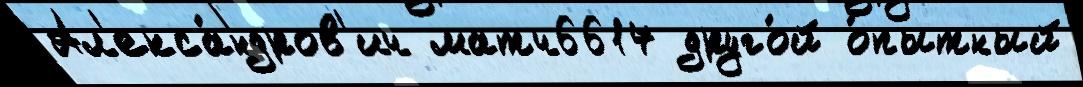
Ал'екса́ндров'ич матч6617 друго́й о́пытный